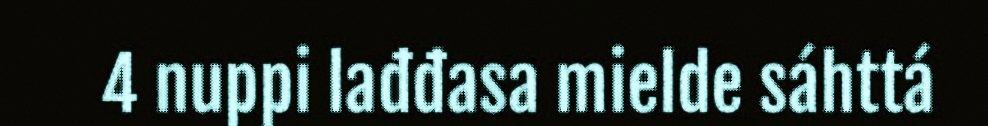
4 nuppi lađđasa mielde sáhttá